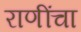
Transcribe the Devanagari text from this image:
राणींचा